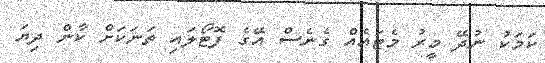
ކަމަކު ނުދޭ މީރު މެޓައެއް ގެނެސް އޭގެ ފޮޓޯލައި ތަނަކަށް ކާން ދިޔަ